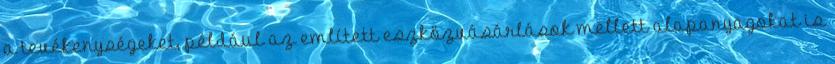
a tevékenységeket, például az említett eszközvásárlások mellett alapanyagokat is